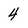
Character: 4